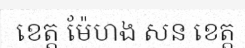
ខេត្ត ម៉ែហង សន ខេត្ត